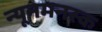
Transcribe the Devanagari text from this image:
न्यूनमनस्क